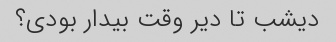
دیشب تا دیر وقت بیدار بودی؟